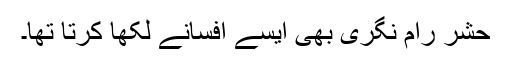
حشر رام نگری بھی ایسے افسانے لکھا کرتا تھا۔